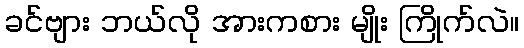
ခင်ဗျား ဘယ်လို အားကစား မျိုး ကြိုက်လဲ။